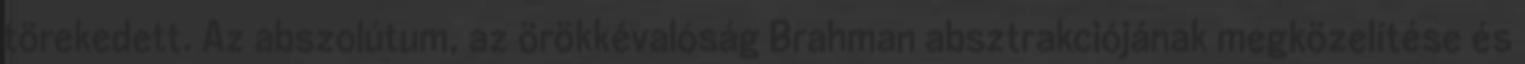
törekedett. Az abszolútum, az örökkévalóság Brahman absztrakciójának megközelítése és